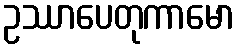
ဥဿာပေတုကာမော